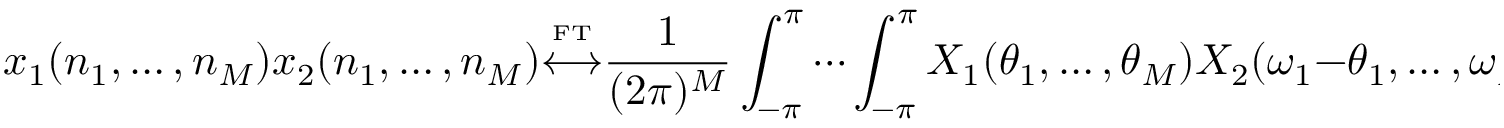
x _ { 1 } ( n _ { 1 } , \ldots , n _ { M } ) x _ { 2 } ( n _ { 1 } , \ldots , n _ { M } ) { \overset { \underset { \mathrm { F T } } { } } { \longleftrightarrow } } { \frac { 1 } { ( 2 \pi ) ^ { M } } } \int _ { - \pi } ^ { \pi } \cdots \int _ { - \pi } ^ { \pi } X _ { 1 } ( \theta _ { 1 } , \ldots , \theta _ { M } ) X _ { 2 } ( \omega _ { 1 } - \theta _ { 1 } , \ldots , \omega _ { M } - \theta _ { M } ) \, d \theta _ { 1 } \cdots d \theta _ { M }